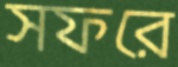
সফরে